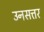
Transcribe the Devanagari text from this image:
उनसत्तर